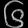
Digit: ၆